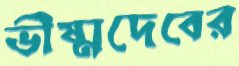
ভীষ্মদেবের